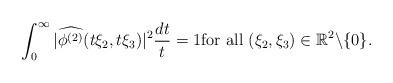
LaTeX: \begin{align*} \int_0^\infty |\widehat{\phi^{(2)}}(t\xi_2,t \xi_3 )|^2 {dt\over t}=1\mbox{for all }(\xi_2,\xi_3)\in \Bbb{R}^2\backslash\{0\}.\end{align*}